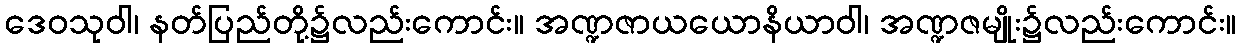
ဒေဝသုဝါ၊ နတ်ပြည်တို့၌လည်းကောင်း။ အဏ္ဍဇာယယောနိယာဝါ၊ အဏ္ဍဇမျိုး၌လည်းကောင်း။